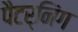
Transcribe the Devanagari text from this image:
पैटर्निंग